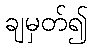
ချမှတ်၍